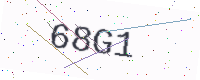
Text: 68G1